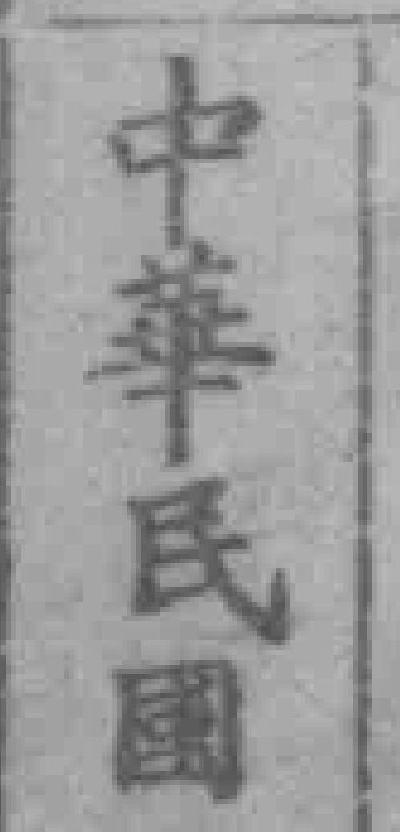
中華民園